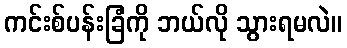
ကင်းစ်ပန်းခြံကို ဘယ်လို သွားရမလဲ။